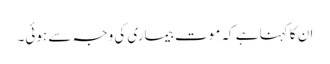
ان کا کہنا ہے کہ موت بیماری کی وجہ سے ہوئی۔